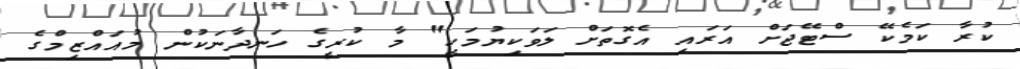
ކުރާ ކަމެކޭ ސްޓޭޖަށް އަރައި އެގޮތަށް ލަވަކިޔުމަކީ" މާ ކުރީގެ ހަނދާނަކުން މުއައްޒިމްގެ